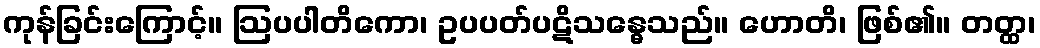
ကုန်ခြင်းကြောင့်။ ဩပပါတိကော၊ ဥပပတ်ပဋိသန္ဓေသည်။ ဟောတိ၊ ဖြစ်၏။ တတ္ထ၊